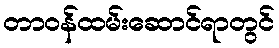
တာဝန်ထမ်းဆောင်ရာတွင်